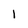
Character: I